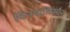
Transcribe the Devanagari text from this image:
चिनयालिसौर